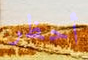
أحظر